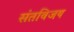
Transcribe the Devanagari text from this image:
संतविजय